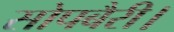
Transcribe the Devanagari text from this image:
सोपबैरी।